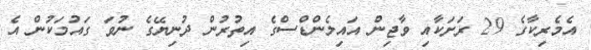
އެމެރިކާގެ 29 ރަށަކާއި ވާޖިން އައިލެންޑްސްގެ އިތުރުން ދުނިޔޭގެ ނުވަ ގައުމަކުން އެ